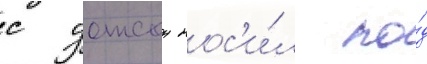
с уотсон нос'и́л по́д